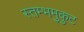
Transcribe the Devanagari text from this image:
स्तम्भमुकुट